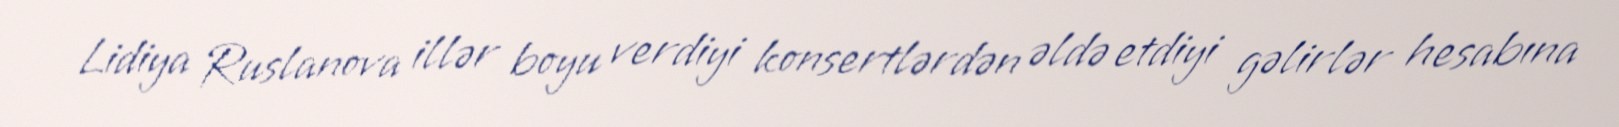
Lidiya Ruslanova illər boyu verdiyi konsertlərdən əldə etdiyi gəlirlər hesabına